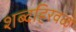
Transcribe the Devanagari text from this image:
शब्दहिरवळ